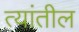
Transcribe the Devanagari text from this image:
त्‍यांतील